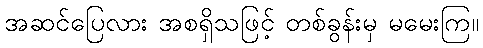
အဆင်ပြေလား အစရှိသဖြင့် တစ်ခွန်းမှ မမေးကြ။